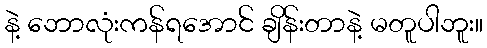
နဲ့ ဘောလုံးကန်ရအောင် ချိန်းတာနဲ့ မတူပါဘူး။